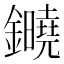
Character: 䥵